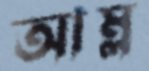
আম্ল